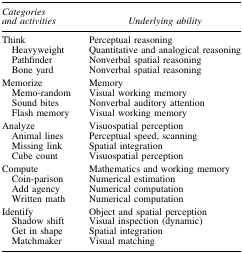
| Categories and activities | Underlying ability |
 | --- | --- |
 | Think | Perceptual reasoning |
 | Heavyweight | Quantitative and analogical reasoning |
 | Pathfinder | Nonverbal spatial reasoning |
 | Bone yard | Nonverbal spatial reasoning |
 | Memorize | Memory |
 | Memo-random | Visual working memory |
 | Sound bites | Nonverbal auditory attention |
 | Flash memory | Visual working memory |
 | Analyze | Visuospatial perception |
 | Animal lines | Perceptual speed, scanning |
 | Missing link | Spatial integration |
 | Cube count | Visuospatial perception |
 | Compute | Mathematics and working memory |
 | Coin-parison | Numerical estimation |
 | Add agency | Numerical computation |
 | Written math | Numerical computation |
 | Identify | Object and spatial perception |
 | Shadow shift | Visual inspection (dynamic) |
 | Get in shape | Spatial integration |
 | Matchmaker | Visual matching |